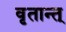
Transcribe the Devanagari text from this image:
वृतान्त्